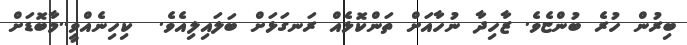
ބިރުން ހުރެ ބުންޏެވެ. ޒާހިދާ ނުހާއަށް ތަންކޮޅެއް ރަނގަޅަށް ބަލައިލިއެވެ.  ކިހިނެއްވީ..މާބޮޑަށް